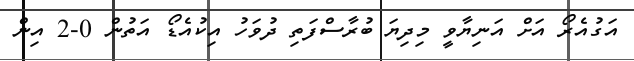
އަގުއެރޯ އަށް އަނިޔާވީ މިދިޔަ ބުރާސްފަތި ދުވަހު އިކުއެޑޯ އަތުން 0-2 އިން